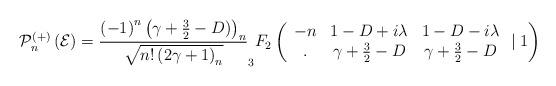
LaTeX: \begin{align*}\mathcal{P}_{n}^{\left( +\right) }\left( \mathcal{E}\right) =\frac{\left(-1\right) ^{n}\left( \gamma +\frac{3}{2}-D)\right) _{n}}{\sqrt{n!\left(2\gamma +1\right) _{n}}}_{3}F_{2}\left(\begin{array}{ccc}-n & 1-D+i\lambda & 1-D-i\lambda \\. & \gamma +\frac{3}{2}-D & \gamma +\frac{3}{2}-D\end{array}\mid 1\right) \end{align*}